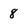
Character: 8